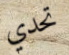
تحدي